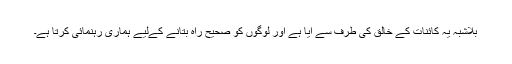
بلاشبہ یہ کائنات کے خالق کی طرف سے آیا ہے اور لوگوں کو صحیح راہ بتانے کےلیے ہماری رہنمائی کرتا ہے۔